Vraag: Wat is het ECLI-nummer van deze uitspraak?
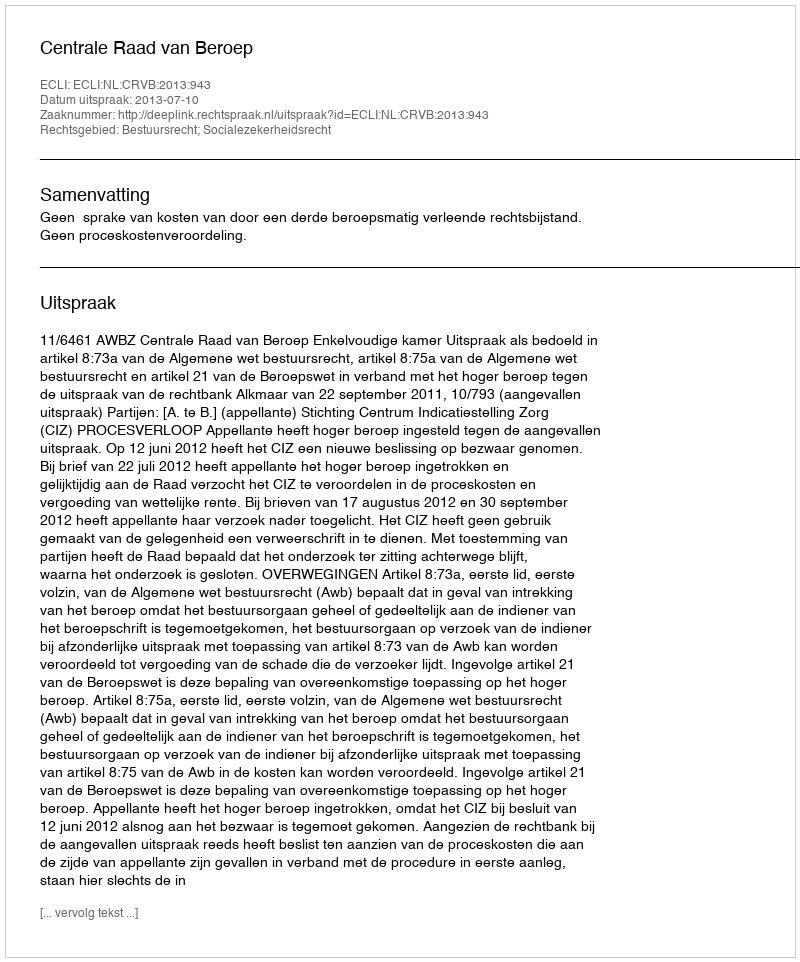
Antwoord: ECLI:NL:CRVB:2013:943